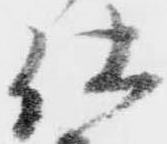
仕